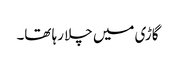
گاڑی میں چلا رہا تھا۔